Civil Veterinary Dept. Bombay admin report 1900-1906 - 1900-1906
Year: 1900
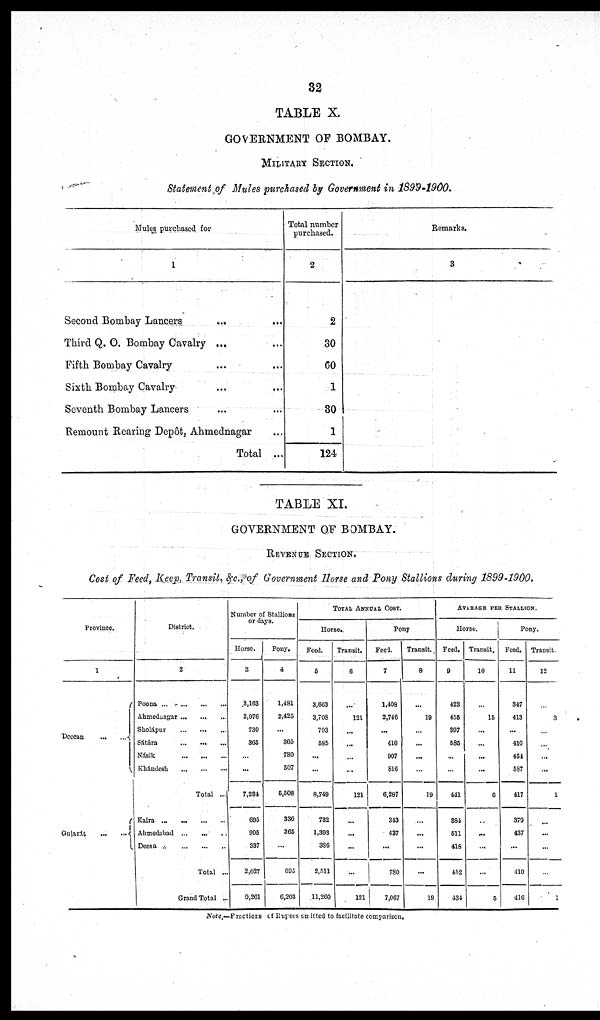
32
TABLE X.
GOVERNMENT OF BOMBAY.
MILITARY SECTION.
Statement of Mules purchased by Government in 1899-1900.
Mules purchased for
1
Second Bombay Lancers
... ...
Third Q. O. Bombay Cavalry ... ...
Fifth Bombay Cavalry ... ...
Sixth Bombay Cavalry ... ...
Seventh Bombay Lancers ... ...
Remount Rearing Depôt, Ahmednagar ...
Total ...
Total number
purchased.
2
2
30
60
1
30
1
124
Remarks.
3
TABLE XI.
GOVERNMENT OF BOMBAY.
REVENUE SECTION.
Cost of Feed, Keep, Transit, &c., of Government Horse and Pony Stallions during 1899-1900.
Province.
1
Deccan
...
...
Gujarát
...
...
District.
2
Poona
...
...
...
...
Ahmednagar
...
...
...
Sholápur
...
...
...
Sátára
...
...
...
Násik
...
...
...
Khándesh
...
...
...
Total ...
Kaira ...
...
...
...
Ahmedabad
...
...
...
Decsa ...
...
...
...
Total ...
Grand Total ...
Number of Stallions
or days.
Horse.
3
3,163
2,976
730
365
...
...
7,234
695
905
337
2,027
9,261
Pony.
4
1,481
2,420
...
305
730
507
5,508
330
365
...
695
6,203
TOTAL ANNUAL COST.
Horse.
Feed. |
5
3,663
3,708
793
585
...
...
8,749
732
1,393
386
2,511
11,260
Transit.
6
...
121
...
...
...
...
121
...
...
...
...
121
Pony
Feel.
7
1,408
2,746
...
410
907
816
6,287
343
437
...
780
7,067
Transit.
8
...
19
...
...
...
...
19
...
...
...
...
19
AVERAGE PER STALLION.
Horse.
Feed.
9
423
455
397
585
...
...
441
384
511
418
452
131
Transit,
10
...
15
...
...
...
...
6
...
...
...
...
5
Pony.
Feed.
11
347
413
...
410
451
587
417
379
437
...
410
416
Transit.
12
...
3
...
...
...
...
1
...
...
...
...
1
Note,—Fractions of Rupees omitted to facilitate comparison.